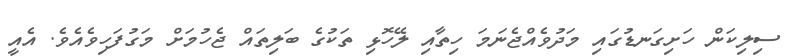
ސިލިކަން ހަށިގަނޑުގައި މަދުވެއްޖެނަމަ ހިތާއި ލޭހޮޅި ތަކުގެ ބަލިތައް ޖެހުމަށް މަގުފަހިވެއެވެ. އެއީ